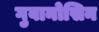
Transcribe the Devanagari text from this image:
गुवानोसिन